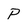
Character: P